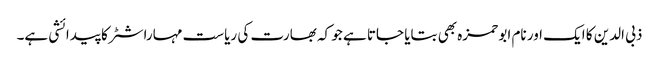
ذبی الدین کا ایک اور نام ابو حمزہ بھی بتایا جاتا ہے جو کہ بھارت کی ریاست مہاراشٹر کا پیدائشی ہے۔